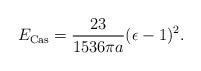
LaTeX: \begin{align*}E_{\rm Cas}={23\over1536\pi a}(\epsilon-1)^2.\end{align*}